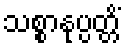
သစ္စာနုပ္ပတ္တိံ